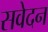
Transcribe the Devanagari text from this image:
सवेदन